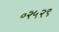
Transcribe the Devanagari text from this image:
०२५२९